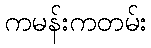
ကမန်းကတမ်း